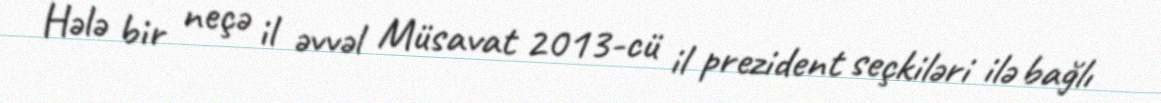
Hələ bir neçə il əvvəl Müsavat 2013-cü il prezident seçkiləri ilə bağlı